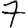
Digit: 7